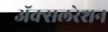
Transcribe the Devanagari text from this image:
अॅक्सलरेशन